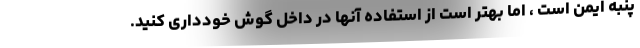
پنبه ایمن است ، اما بهتر است از استفاده آنها در داخل گوش خودداری کنید.